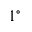
1 ^ { \circ }